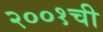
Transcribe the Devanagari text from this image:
२००१ची